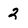
Character: 2